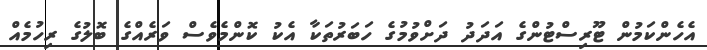
އެހެންކަމުން ޓޫރިސްޓުންގެ އަދަދު ދަށްވުމުގެ ހަބަރުތަކާ އެކު ކޮންމެވެސް ވަރެއްގެ ބޮލުގެ ރިހުމެއް